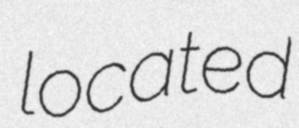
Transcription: located